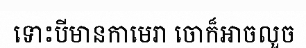
ទោះបីមានកាមេរា ចោក៏អាចលួច